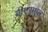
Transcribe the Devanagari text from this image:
बीएसएल